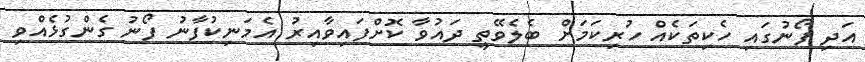
އަދި ފޯނުގައި ހެކިތަކެއް ހުރިކަމަށް ބެލެވޭތީ ދައުވާ ކޮށްފައިވާއިރު އެމަނިކުފާނު ފޯނު ގެންގުޅެއްވި